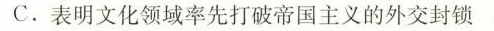
C.表明文化领域率先打破帝国主义的外交封锁